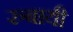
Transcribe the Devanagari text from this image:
रुबायी